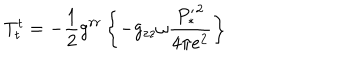
T _ { t } ^ { t } = - \frac { 1 } { 2 } g ^ { r r } \left\{ - g _ { z z } \omega \frac { { P _ { * } ^ { \prime } } ^ { 2 } } { 4 \pi e ^ { 2 } } \right\}